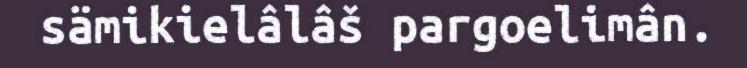
sämikielâlâš pargoelimân.